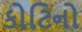
કોટિનો